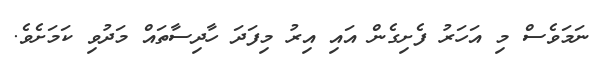
ނަމަވެސް މި އަހަރު ފެށިގެން އައި އިރު މިފަދަ ހާދިސާތައް މަދުވި ކަމަށެވެ.